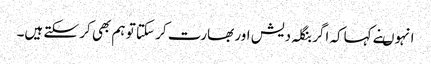
انہوںنے کہاکہ اگر بنگلہ دیش اور بھارت کر سکتا تو ہم بھی کر سکتے ہیں۔